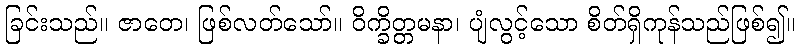
ခြင်းသည်။ ဇာတေ၊ ဖြစ်လတ်သော်။ ဝိက္ခိတ္တမနာ၊ ပျံလွင့်သော စိတ်ရှိကုန်သည်ဖြစ်၍။